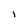
Character: I